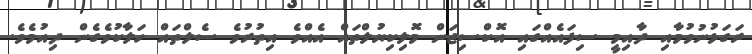
ރަގަޅުނުވުމާއި ދާއިމީ ސިފައެއްގައި އޮކްސިޖަން މޮލިކިޔުލްތައް އެއްވެ އިތުރުވެ ސެލްތައް ހަލާކުވެގެން ދިއުމެވެ.